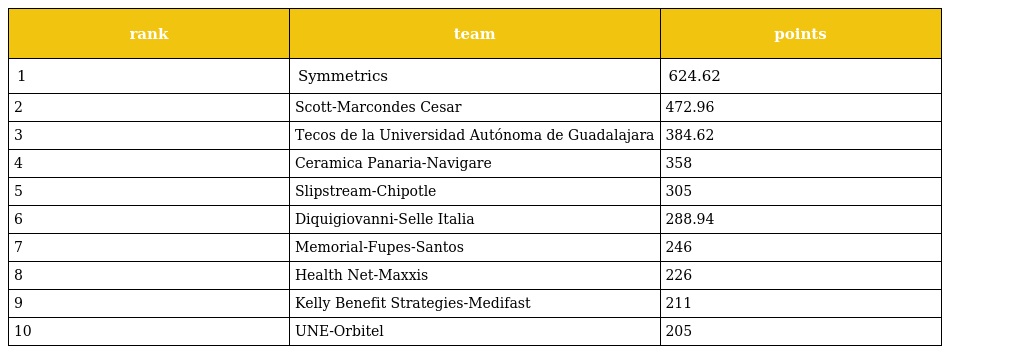
| rank | team | points |
 | --- | --- | --- |
 | 1 | Symmetrics | 624.62 |
 | 2 | Scott-Marcondes Cesar | 472.96 |
 | 3 | Tecos de la Universidad Autónoma de Guadalajara | 384.62 |
 | 4 | Ceramica Panaria-Navigare | 358 |
 | 5 | Slipstream-Chipotle | 305 |
 | 6 | Diquigiovanni-Selle Italia | 288.94 |
 | 7 | Memorial-Fupes-Santos | 246 |
 | 8 | Health Net-Maxxis | 226 |
 | 9 | Kelly Benefit Strategies-Medifast | 211 |
 | 10 | UNE-Orbitel | 205 |